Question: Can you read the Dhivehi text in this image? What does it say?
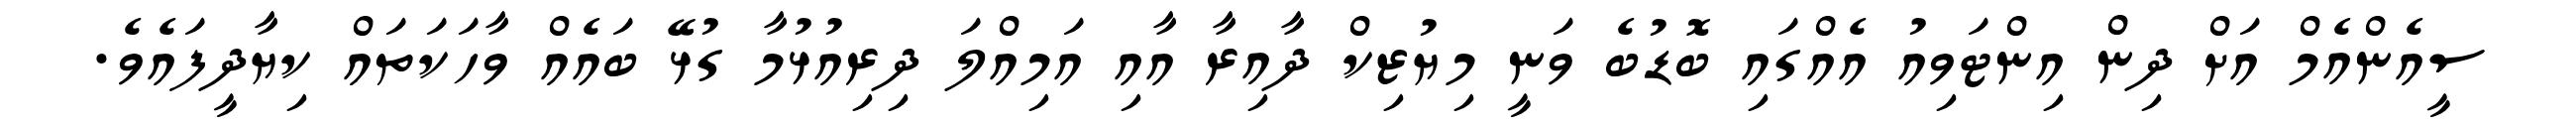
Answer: ސީއެންއެމް އަށް ދިން އިންޓަވިއު އެއްގައި ބޮޑުބެ ވަނީ މިޔުޒިކް ދާއިރާ އާއި އަމިއްލަ ދިރިއުޅުމާ ގުޅޭ ބައެއް ވާހަކަތައް ކިޔާދީފައެވެ.